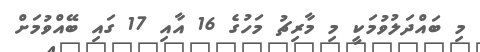
މި ބައްދަލުވުމަކީ މި މާރިޗު މަހުގެ 16 އާއި 17 ގައި ބޭއްވުމަށް